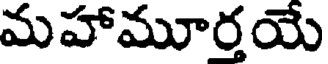
మహామూర్తయే